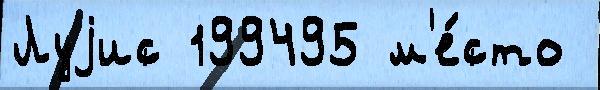
Луjис 199495 м'е́сто